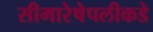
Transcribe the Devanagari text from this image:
सीमारेषेपलीकडे